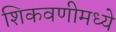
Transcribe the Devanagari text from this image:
शिकवणीमध्ये